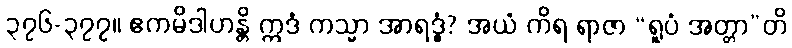
၃၇၆-၃၇၇။ ဧကမိဒါဟန္တိ ဣဒံ ကသ္မာ အာရဒ္ဓံ? အယံ ကိရ ရာဇာ “ရူပံ အတ္တာ”တိ